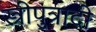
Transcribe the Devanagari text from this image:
स्त्रीपुत्रादी